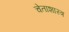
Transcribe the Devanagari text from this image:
चेताशास्त्र